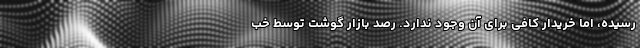
رسیده، اما خریدار کافی برای آن وجود ندارد. رصد بازار گوشت توسط خب